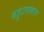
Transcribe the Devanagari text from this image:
बहुउपकार